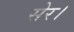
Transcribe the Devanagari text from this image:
सेर।